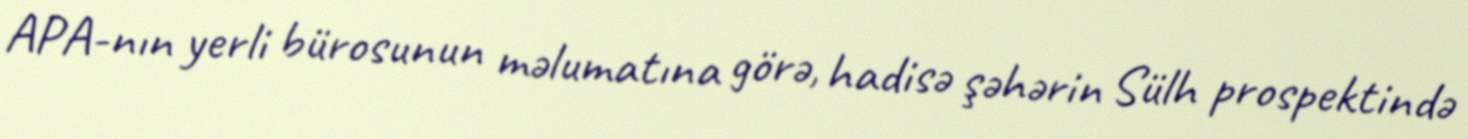
APA-nın yerli bürosunun məlumatına görə, hadisə şəhərin Sülh prospektində